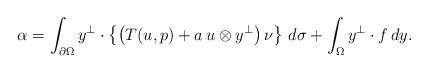
LaTeX: \begin{align*}\alpha=\int_{\partial\Omega} y^\perp\cdot\left\{\left(T(u,p)+a\,u\otimes y^\perp\right)\nu\right\}\,d\sigma+\int_\Omega y^\perp\cdot f\,dy.\end{align*}